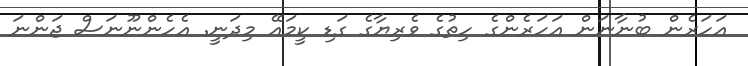
އަހަރެން ބުނާނަން އަހަރެންގެ ހިތުގެ ވެރިޔާގެ ގަޑި ކީމައޭ މިދަނީ